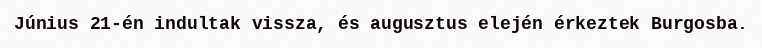
Június 21-én indultak vissza, és augusztus elején érkeztek Burgosba.